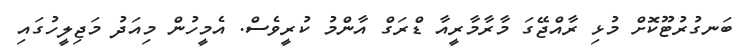
ބަނގުރުޓޫކޮށް މުޅި ރާއްޖޭގަ މާރާމާރީއާ ޑްރަގް އާންމު ކުރީވެސް. އެމީހުން މިއަދު މަޖިލީހުގައި